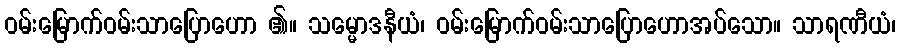
ဝမ်းမြောက်ဝမ်းသာပြောဟော ၏။ သမ္မောဒနီယံ၊ ဝမ်းမြောက်ဝမ်းသာပြောဟောအပ်သော။ သာရဏီယံ၊